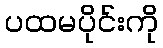
ပထမပိုင်းကို